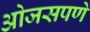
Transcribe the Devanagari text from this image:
ओजसपणे